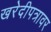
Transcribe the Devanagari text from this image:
खरेदीपत्रावर